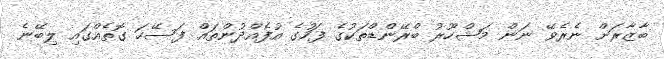
ބާޒާރަށް ނެރެވޭ ނަން މަޝްހޫރު ބްރޭންޑްތަކުގެ ފަހުގެ އުފެއްދުންތައް ފަސޭހަ ގޮތެއްގައި ލިބޭނެ